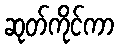
ဆုတ်ကိုင်ကာ